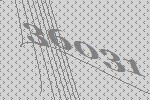
36031